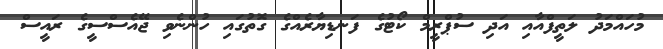
މުހައްމަދު ލަތީފްއާއި އަދި ސުޕްރީމް ކޯޓުގެ ފަނޑިޔާރެއްގެ ގޮތުގައި ހުންނެވި ޖޭއެސްސީގެ ރައީސް